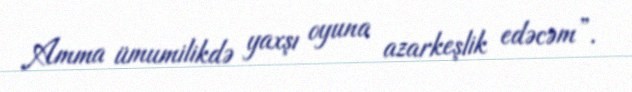
Amma ümumilikdə yaxşı oyuna azarkeşlik edəcəm”.